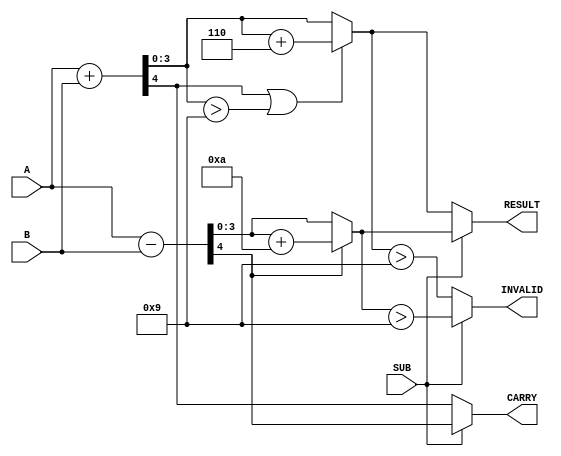
module BCD_Add_Subtracter (
    input  wire [3:0] A,      // First BCD digit
    input  wire [3:0] B,      // Second BCD digit
    input  wire SUB,          // Control signal: 0 for addition, 1 for subtraction
    output reg  [3:0] RESULT,  // Resulting BCD digit
    output reg  CARRY,        // Carry out for addition or borrow for subtraction
    output reg  INVALID       // Indicates an invalid BCD result
);

    wire [4:0] sum;           // 5-bit wide to accommodate carry
    wire [4:0] diff;          // 5-bit wide to accommodate borrow
    wire [3:0] corrected_sum; // Corrected sum for BCD
    wire [3:0] corrected_diff; // Corrected difference for BCD

    // Perform binary addition
    assign sum = A + B;

    // Perform binary subtraction
    assign diff = A - B;

    // BCD correction for addition
    assign corrected_sum = sum[4] || (sum[3:0] > 4'b1001) ? (sum[3:0] + 4'b0110) : sum[3:0];

    // BCD correction for subtraction
    assign corrected_diff = (diff[4] ? (diff[3:0] + 4'b1010) : diff[3:0]);

    always @(*) begin
        // Default outputs
        RESULT = 4'b0000;
        CARRY = 1'b0;
        INVALID = 1'b0;

        if (SUB == 1'b0) begin
            // Addition case
            RESULT = corrected_sum;
            CARRY = sum[4]; // Carry out if the 5th bit is set
            INVALID = (RESULT > 4'b1001); // Check if the result is invalid
        end else begin
            // Subtraction case
            RESULT = corrected_diff;
            CARRY = diff[4]; // Borrow occurs if the 5th bit is set
            INVALID = (RESULT > 4'b1001); // Check if the result is invalid
        end
    end

endmodule